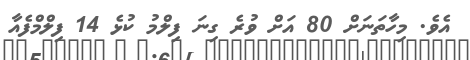
އެވެ. މިހާތަނަށް 80 އަށް ވުރެ ގިނަ ފިލްމު ކުޅެ 14 ފިލްމްފެއާ